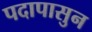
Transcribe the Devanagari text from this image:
पदापासुन